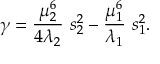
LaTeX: \gamma = \frac { \mu _ { 2 } ^ { 6 } } { 4 \lambda _ { 2 } } \ s _ { 2 } ^ { 2 } - \frac { \mu _ { 1 } ^ { 6 } } { \lambda _ { 1 } } \ s _ { 1 } ^ { 2 } .